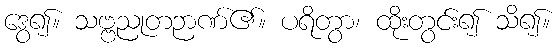
ဒွေ၍။ သဗ္ဗညုတဉာဏ်၏။ ပရိတွာ၊ ထိုးတွင်း၍ သိ၍။